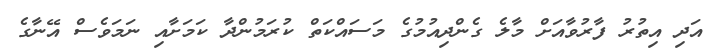
އަދި އިތުރު ފާރުވާއަށް މާލެ ގެންދިއުމުގެ މަސައްކަތް ކުރަމުންދާ ކަމަށާއި ނަމަވެސް އޭނާގެ